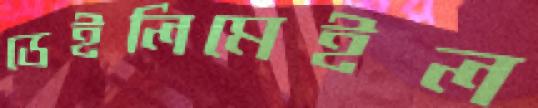
ডেইলিমেইল